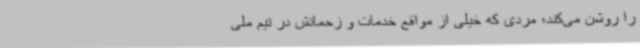
را روشن می‌کند؛ مردی که خیلی از مواقع خدمات و زحماتش در تیم‌ ملی